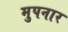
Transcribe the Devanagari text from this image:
मुपनार